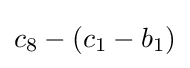
c_{8}-(c_{1}-b_{1})